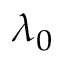
\lambda _ { 0 }